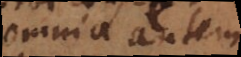
omnia autem